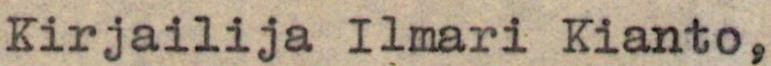
Kirjailija Ilmari Kianto,